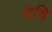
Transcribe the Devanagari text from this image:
हषि